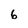
Character: 6